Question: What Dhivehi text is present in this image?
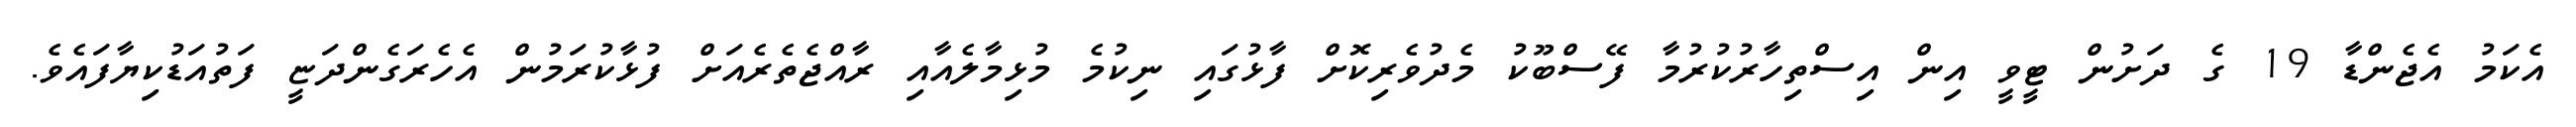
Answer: އެކަމު އެޖެންޑާ 19 ގެ ދަށުން ޓީވީ އިން އިސްތިހާރުކުރުމާ ފޭސްބޫކު މެދުވެރިކޮށް ފާޅުގައި ނިކުމެ މުޅިމާލެއާއި ރާއްޖެތެރެއަށް ފުޅާކުރަމުން އެހެރަގެންދަޏީ ފަތުއަޑުކިޔާފައެވެ.